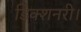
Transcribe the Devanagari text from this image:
डिक्शनरी।